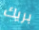
بريك